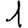
Digit: 1